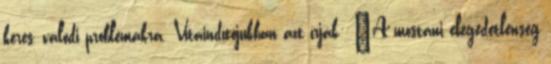
keres, valódi problémákra. Vitaindítójukban azt írják: „A mostani elégedetlenség